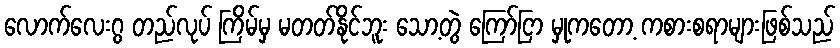
လောက်လေးဂွ တည်လုပ် ကြိမ်မှ မတတ်နိုင်ဘူး သော့တွဲ ကြော်ငြာ မှုကတော့ ကစားစရာများဖြစ်သည်